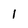
Character: 1